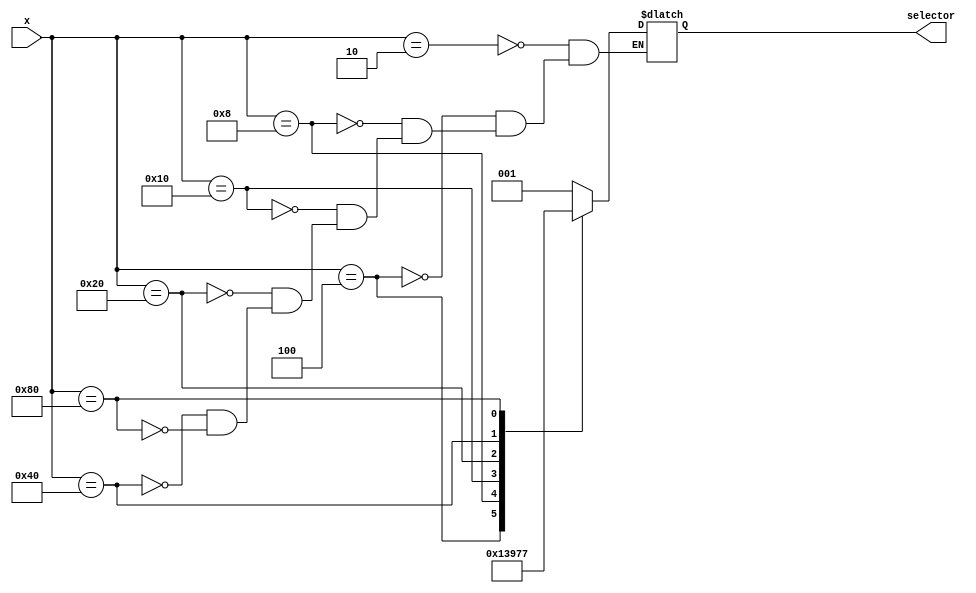
module Encoder (
	input		[7:0]	x,
	output reg	[2:0]	selector);
	
	always @(x)
	begin
		case(x)
			8'b00000010:	selector = 3'b001;
			8'b00000100:	selector = 3'b010;
			8'b00001000:	selector = 3'b011;
			8'b00010000:	selector = 3'b100;
			8'b00100000:	selector = 3'b101;
			8'b01000000:	selector = 3'b110;
			8'b10000000:	selector = 3'b111;
		endcase
	end
	
endmodule